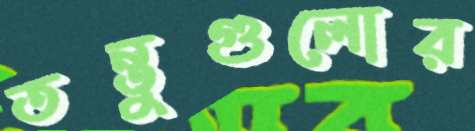
তন্তুগুলোর